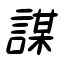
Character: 謀